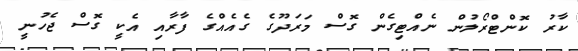
ކާރު ކޮންޓްރޯލުން ނެއްޓިގެން ގޮސް މަރަދޫގެ ގެއެއްގެ ފާރާއި އެކީ ގޮސް ޖެހުނީ